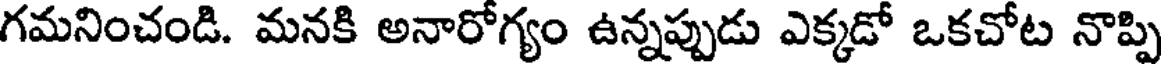
గమనించండి. మనకి అనారోగ్యం ఉన్నప్పుడు ఎక్కడో ఒకచోట నొప్పి